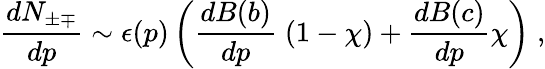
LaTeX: \frac{dN_{\pm\mp}}{dp}\sim\epsilon(p)\left(\frac{dB(b)}{dp}\; (1-\chi)+\frac{dB(c)}{dp}\chi\right)\; ,